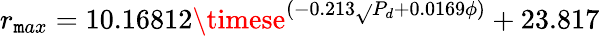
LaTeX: r_{\mathtt{m}ax}=10.16812\timese^{(-0.213\sqrt{}{{P_{d}}}+0.0169\phi)}+23.817